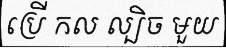
ប្រើ កល ល្បិច មួយ